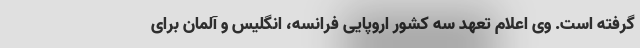
گرفته است. وی اعلام تعهد سه کشور اروپایی فرانسه، انگلیس و آلمان برای